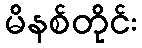
မိနစ်တိုင်း